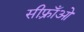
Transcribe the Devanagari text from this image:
सीफ़्राँओ